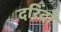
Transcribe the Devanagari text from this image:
दरिंदो